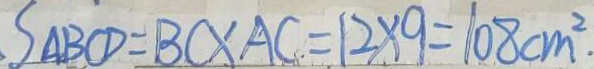
S _ { \Delta B C D } = B C \times A C = 1 2 \times 9 = 1 0 8 c m ^ { 2 } .